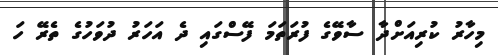
މިހާރު ކުރިއަށްދާ ސާވޭގެ ފުރަތަމަ ފޭސްގައި ދެ އަހަރު ދުވަހުގެ ތެރޭ ހަ